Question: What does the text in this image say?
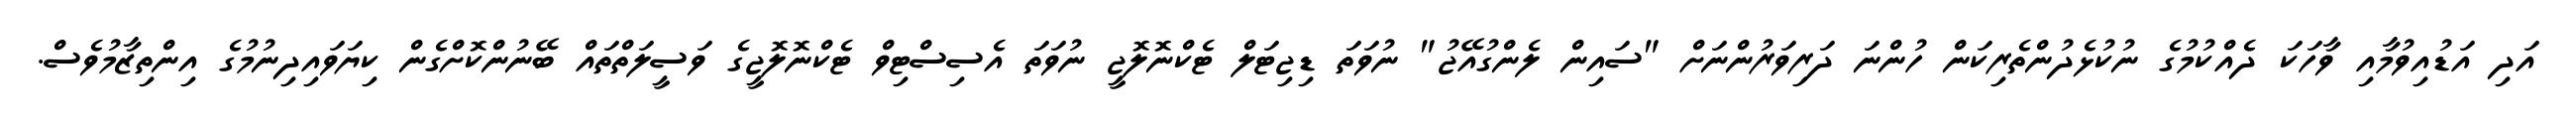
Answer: އަދި އަޑުއިވުމާއި ވާހަކަ ދެއްކުމުގެ ނުކުޅެދުންތެރިކަން ހުންނަ ދަރިވަރުންނަށް "ސައިން ލެންގުއޭޖު" ނުވަތަ ޑިޖިޓަލް ޓެކްނޮލޮޖީ ނުވަތަ އެސިސްޓިވް ޓެކްނޮލޮޖީގެ ވަސީލަތްތައް ބޭނުންކޮށްގެން ކިޔަވައިދިނުމުގެ އިންތިޒާމުވެސް.